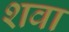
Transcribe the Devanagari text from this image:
शवा